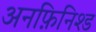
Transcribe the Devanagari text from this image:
अनफ़िनिश्ड